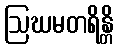
ဩဃမတရိန္တိ